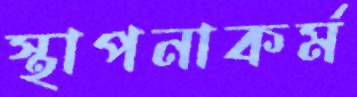
স্থাপনাকর্ম